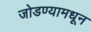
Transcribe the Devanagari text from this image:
जोडण्यामधून